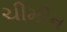
ચીમીન